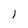
Character: I